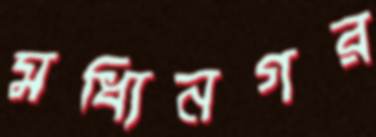
মধ্যিনগর